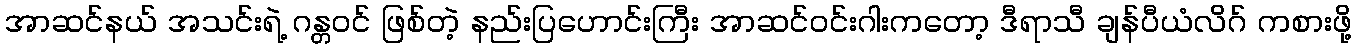
အာဆင်နယ် အသင်းရဲ့ ဂန္တဝင် ဖြစ်တဲ့ နည်းပြဟောင်းကြီး အာဆင်ဝင်းဂါးကတော့ ဒီရာသီ ချန်ပီယံလိဂ် ကစားဖို့